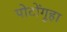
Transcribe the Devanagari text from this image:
पोटोंगुहा